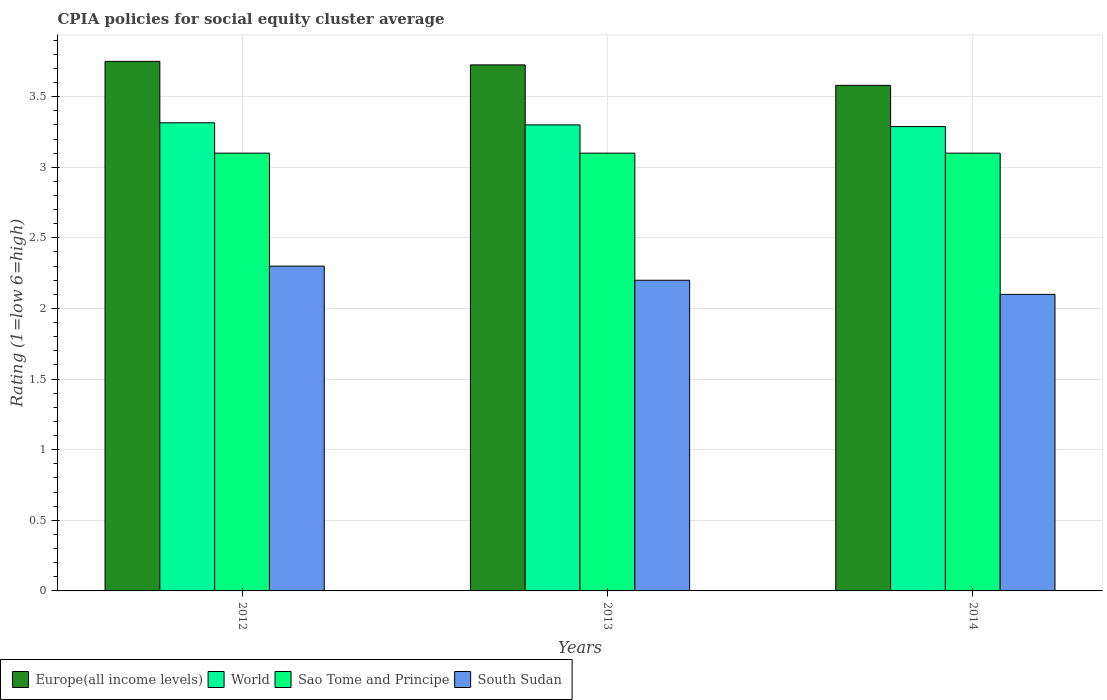
| Years | Europe(all income levels) | World | Sao Tome and Principe | South Sudan |
 | --- | --- | --- | --- | --- |
 | 2012 | 3.75 | 3.31 | 3.1 | 2.3 |
 | 2013 | 3.73 | 3.3 | 3.1 | 2.2 |
 | 2014 | 3.58 | 3.29 | 3.1 | 2.1 |